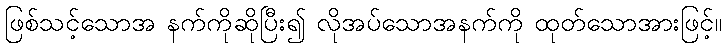
ဖြစ်သင့်သောအ နက်ကိုဆိုပြီး၍ လိုအပ်သောအနက်ကို ထုတ်သောအားဖြင့်။